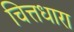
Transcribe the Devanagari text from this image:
चित्तधारा